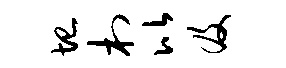
圮村比及